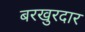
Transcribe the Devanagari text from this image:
बरखुरदार